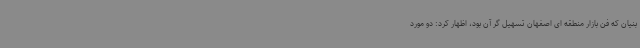
بنیان که فن بازار منطقه ای اصفهان تسهیل گر آن بود، اظهار کرد: دو مورد